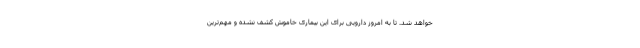
خواهد شد. تا به امروز دارویی برای این بیماری خاموش کشف نشده و مهم‌ترین